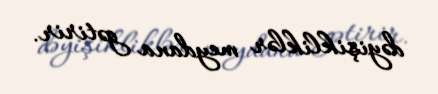
dəyişikliklər meydana gətirir.